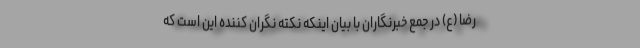
رضا (ع) در جمع خبرنگاران با بیان اینکه نکته نگران کننده این است که